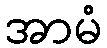
အာမံ